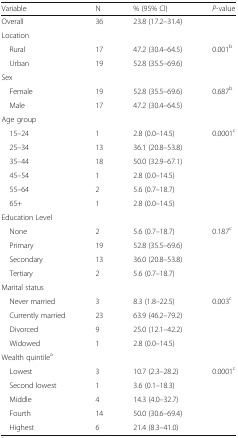
| Variable | N | % (95% CI) | P-value |
 | --- | --- | --- | --- |
 | Overall | 36 | 23.8 (17.2–31.4) |  |
 | <COLSPAN=4> Location |
 | Rural | 17 | 47.2 (30.4–64.5) | 0.001b |
 | Urban | 19 | 52.8 (35.5–69.6) |  |
 | <COLSPAN=4> Sex |
 | Female | 19 | 52.8 (35.5–69.6) | 0.687b |
 | Male | 17 | 47.2 (30.4–64.5) |  |
 | <COLSPAN=4> Age group |
 | 15–24 | 1 | 2.8 (0.0–14.5) | 0.0001c |
 | 25–34 | 13 | 36.1 (20.8–53.8) |  |
 | 35–44 | 18 | 50.0 (32.9–67.1) |  |
 | 45–54 | 1 | 2.8 (0.0–14.5) |  |
 | 55–64 | 2 | 5.6 (0.7–18.7) |  |
 | 65+ | 1 | 2.8 (0.0–14.5) |  |
 | <COLSPAN=4> Education Level |
 | None | 2 | 5.6 (0.7–18.7) | 0.187c |
 | Primary | 19 | 52.8 (35.5–69.6) |  |
 | Secondary | 13 | 36.0 (20.8–53.8) |  |
 | Tertiary | 2 | 5.6 (0.7–18.7) |  |
 | <COLSPAN=4> Marital status |
 | Never married | 3 | 8.3 (1.8–22.5) | 0.003c |
 | Currently married | 23 | 63.9 (46.2–79.2) |  |
 | Divorced | 9 | 25.0 (12.1–42.2) |  |
 | Widowed | 1 | 2.8 (0.0–14.5) |  |
 | <COLSPAN=4> Wealth quintilea |
 | Lowest | 3 | 10.7 (2.3–28.2) | 0.0001c |
 | Second lowest | 1 | 3.6 (0.1–18.3) |  |
 | Middle | 4 | 14.3 (4.0–32.7) |  |
 | Fourth | 14 | 50.0 (30.6–69.4) |  |
 | Highest | 6 | 21.4 (8.3–41.0) |  |